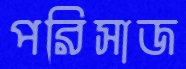
পরিসাজ